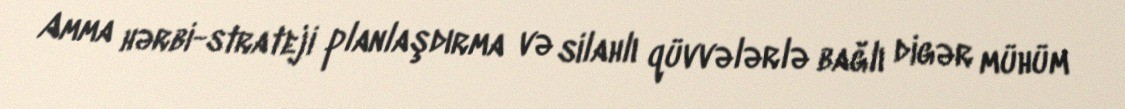
Amma hərbi-strateji planlaşdırma və silahlı qüvvələrlə bağlı digər mühüm